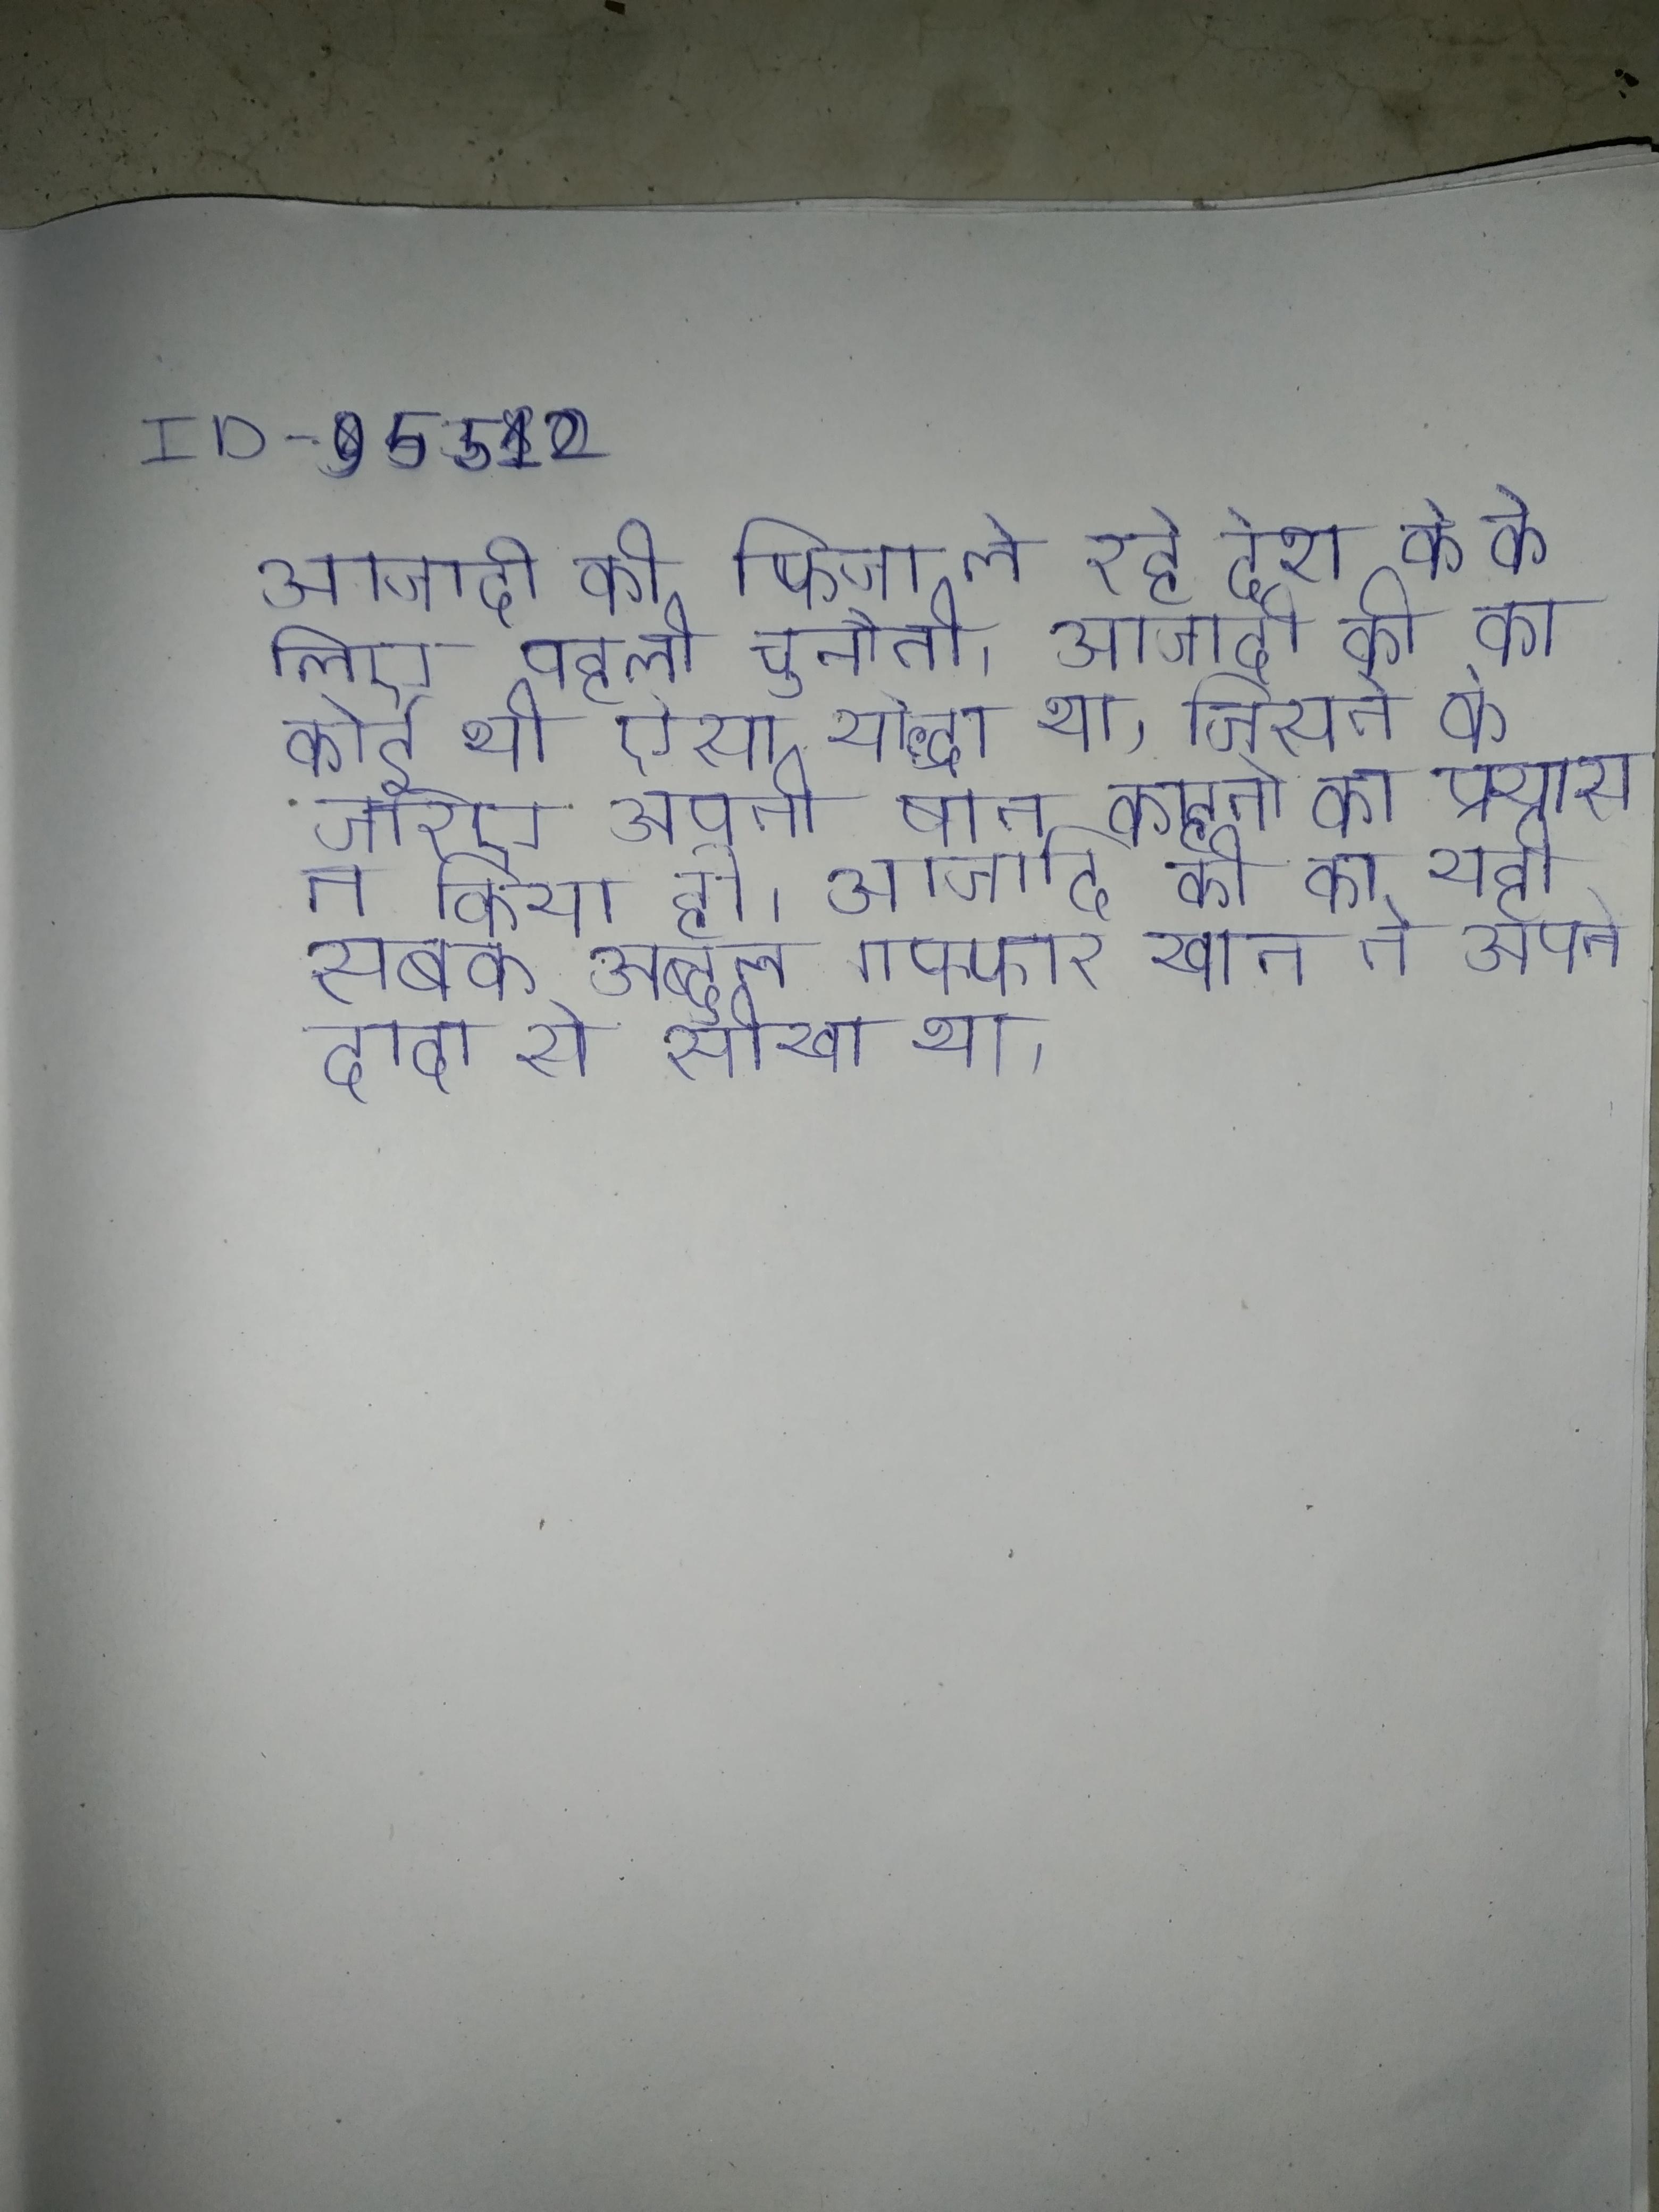
आजादी की फिजा ले रहे देश के के लिए पहली चुनौती । आजादी की का कोई भी ऐसा योद्धा था, जिसने के जरिए अपनी बात कहने का प्रयास न किया हो । आजादी की का यही सबक अब्दुल गफ्फार खान ने अपने दादा से सीखा था ।